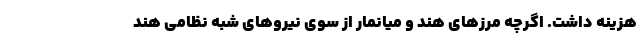
هزینه داشت. اگرچه مرزهای هند و میانمار از سوی نیروهای شبه نظامی هند